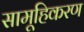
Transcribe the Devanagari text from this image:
सामूहिकरण